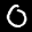
Label: 0